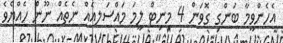
އެހެންވީމާ ބަންގި ގޮވަން 4 މިނިޓް ލީމަ މައްސަލއެއް ނެތެއް ނޫން ހެއްޔެވެ